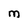
Character: M